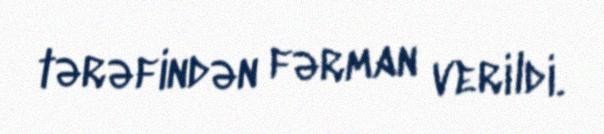
tərəfindən fərman verildi.